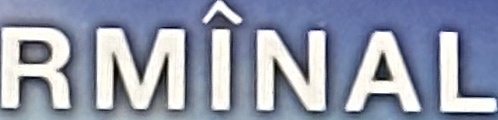
RMINAL